Civil Veterinary Dept. North-West Frontier Province 1923-32 - 1923-1932
Year: 1923
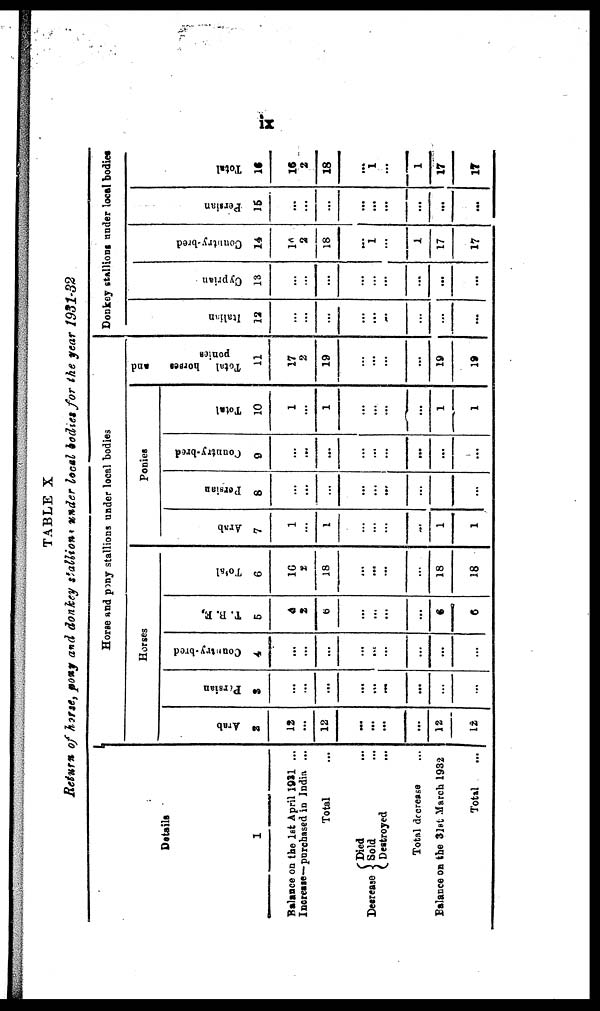
ix
TABLE X
Return of horse, pony and donkey stallions under local bodies for the year 1931-32
Details
1
Balance on the 1st April 1931 ...
Increase—purchased in India ...
Total …
Decrease
{
Died ...
Sold ...
Destroyed ...
Total desrease ...
Balance on the 31st March 1932
Total ...
Horse and pony stallions under local bodies
Horses
Arab
2
12
...
12
…
...
...
...
12
12
Persian
3
…
...
...
…
...
...
...
…
...
Country-bred
4
…
...
...
…
…
...
...
...
...
T. B. F.,
5
4
2
6
…
…
...
...
6
6
Total
6
16
2
18
…
...
...
…
18
18
Ponies
Arab
7
1
…
1
…
...
…
...
1
1
Persian
8
…
...
…
...
...
...
…
...
Country-bred
9
…
...
...
…
...
...
...
...
...
Total
10
1
...
1
…
...
...
...
1
1
Total
horses
and
ponies
11
17
2
19
…
...
...
...
19
19
Donkey stallions under local bodies
Italian
12
…
...
...
…
...
...
…
...
...
Cypr i
an
13
…
...
...
…
...
...
...
...
Count r
y- br e d
14
10
2
18
…
1
...
1
17
17
Per s i
an
15
…
...
...
…
...
...
...
...
...
Total
16
16
2
18
…
1
...
1
17
17